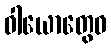
ဝါယောတွေဝ